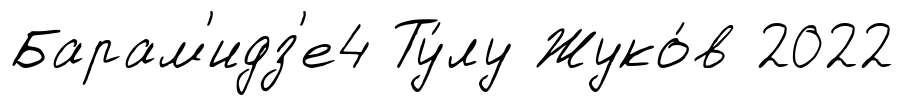
Барам'идз'е4 Ту́лу Жуко́в 2022